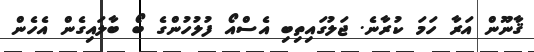
ޤާނޫން އަރާ ހަމަ ކުރާނެ. ޖަލުގައިތިބި އެސްއޯ ފުލުހުންގެ ބޯ ބާލައިގެން އެހެން